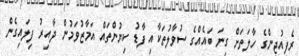
ރެފިއުޖީންގެ ހާލަތަށް ގިނަ ބައެއްގެ ސުވާލުތަކާއި ފާޑު ކިޔުންތައް އަމާޒުވަމުން ދާއިރު ފިލައިގެން